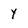
Character: y